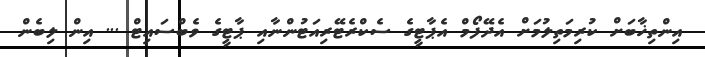
އިންތިޚާބަށް ކުރިމަތިލުމަށް އެދޭފޯމް އެޕާޓީގެ ސެކްރެޓޭރިއަޓުންނާއި ޕާޓީގެ ވެބްސައިޓް ... އިން ލިބެން